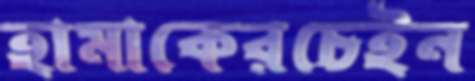
হামাকেরচেইন